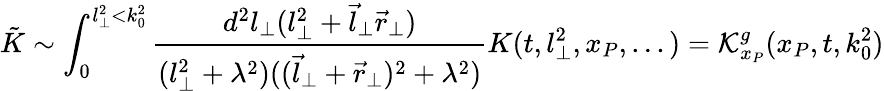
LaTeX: \tilde{K}\sim\int_{0}^{l_{\perp}^{2}<k_{0}^{2}}\frac{d^{2}l_{\perp}(l_{\perp}^{2}+\vec{l}_{\perp}\vec{r}_{\perp})}{(l_{\perp}^{2}+\lambda^{2})((\vec{l}_{\perp}+\vec{r}_{\perp})^{2}+\lambda^{2})}K(t,l_{\perp}^{2},x_{P},...)={\cal K}_{x_{P}}^{g}(x_{P},t,k_{0}^{2})